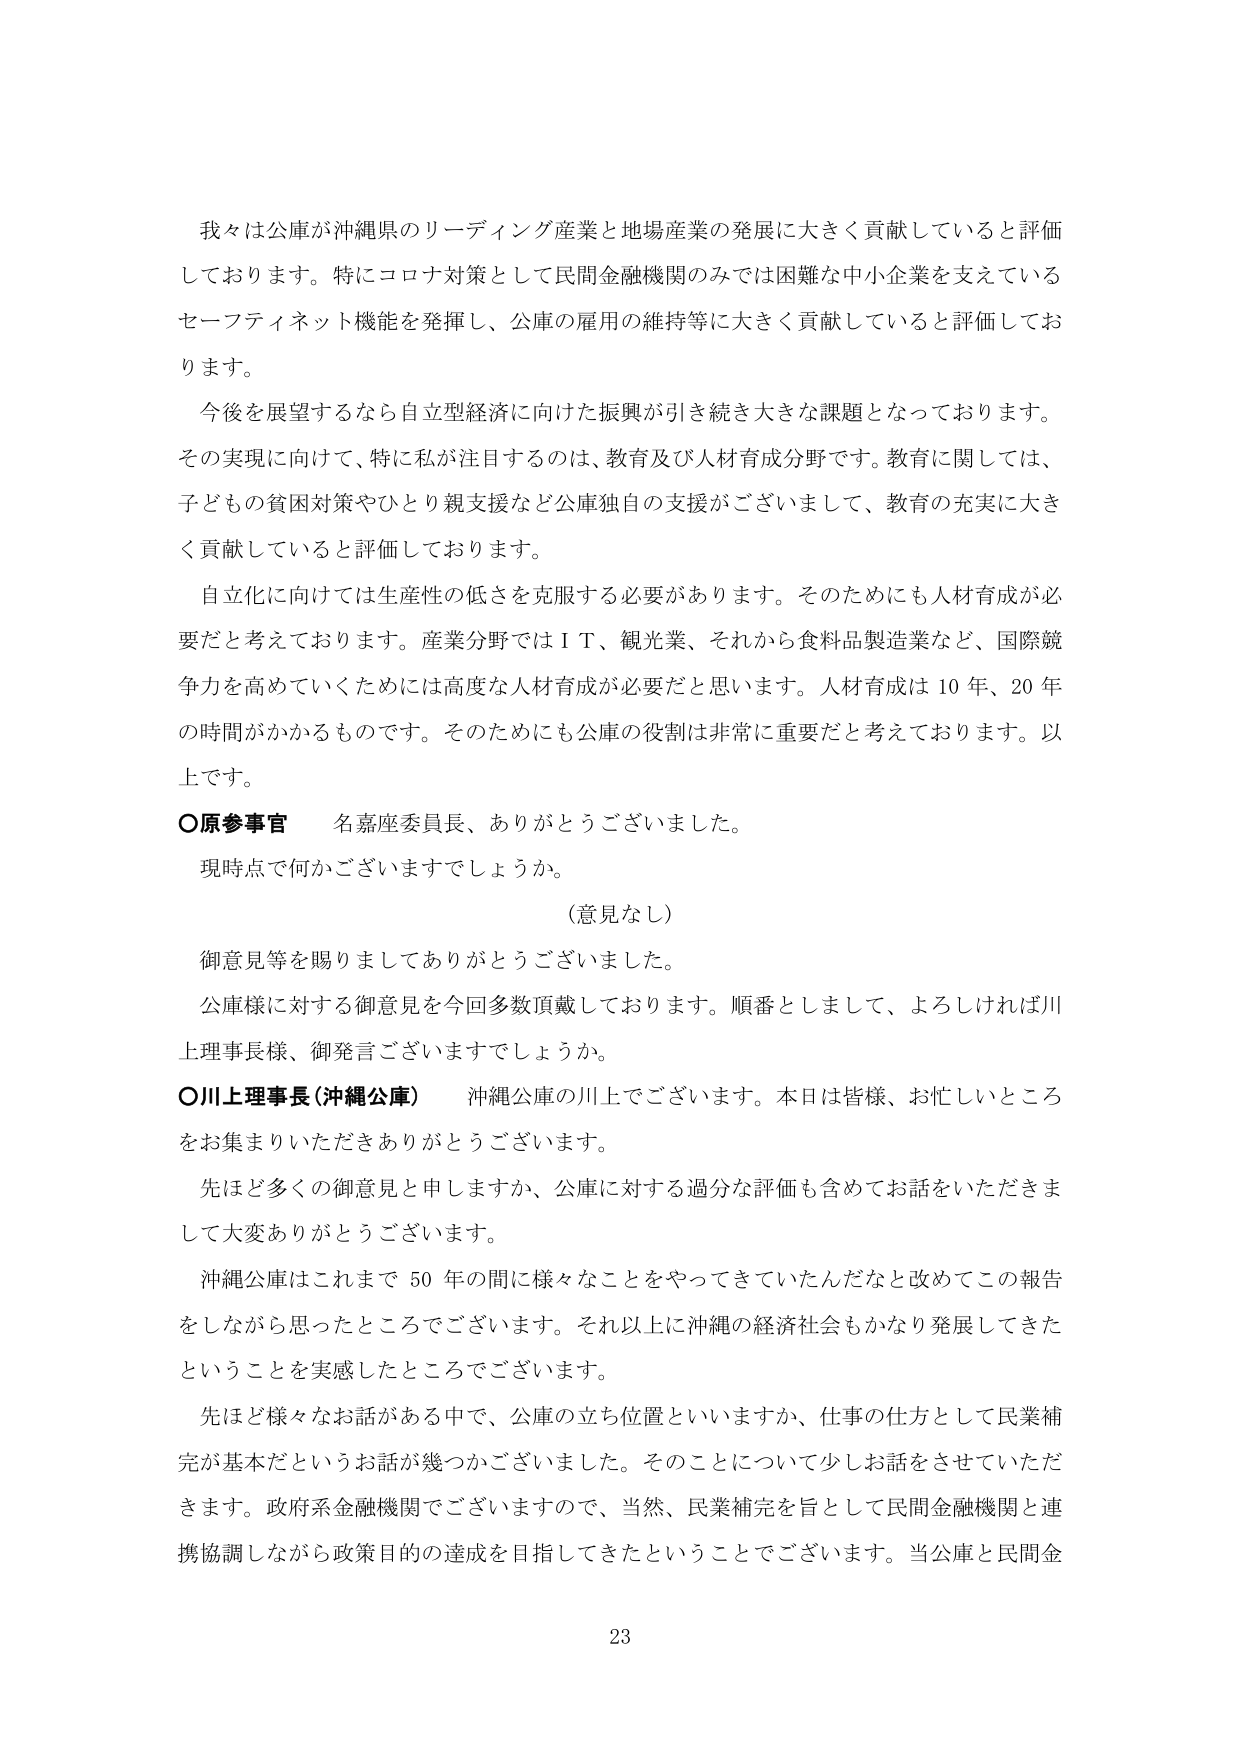
我々は公庫が沖縄県のリーディング産業と地場産業の発展に大きく貢献していると評価しております。特にコロナ対策として民間金融機関のみでは困難な中小企業を支えているセーフティネット機能を発揮し、公庫の雇用の維持等に大きく貢献していると評価しております。

今後を展望するなら自立型経済に向けた振興が引き続き大きな課題となっております。その実現に向けて、特に私が注目するのは、教育及び人材育成分野です。教育に関しては、子どもの貧困対策やひとり親支援など公庫独自の支援がございまして、教育の充実に大きく貢献していると評価しております。

自立化に向けては生産性の低さを克服する必要があります。そのためにも人材育成が必要だと考えております。産業分野ではＩＴ、観光業、それから食料品製造業など、国際競争力を高めていくためには高度な人材育成が必要だと思います。人材育成は10年、20年の時間がかかるものです。そのためにも公庫の役割は非常に重要だと考えております。以上です。

○原参事官　名嘉座委員長、ありがとうございました。
現時点で何かございますでしょうか。
（意見なし）
御意見等を賜りましてありがとうございました。

公庫様に対する御意見を今回多数頂戴しております。順番としまして、よろしければ川上理事長様、御発言ございますでしょうか。

○川上理事長（沖縄公庫）　沖縄公庫の川上でございます。本日は皆様、お忙しいところをお集まりいただきありがとうございます。

先ほど多くの御意見と申しますか、公庫に対する過分な評価も含めてお話しいただきまして大変ありがとうございます。

沖縄公庫はこれまで50年の間に様々なことをやってきていたんだなと改めてこの報告をしながら思ったところでございます。それ以上に沖縄の経済社会もかなり発展してきたということを実感したところでございます。

先ほど様々なお話がある中で、公庫の立ち位置といいますか、仕事の仕方として民業補完が基本だというお話が幾つかございました。そのことについて少しお話をさせていただきます。政府系金融機関でございますので、当然、民業補完を旨として民間金融機関と連携協調しながら政策目的の達成を目指してきてきたということでございます。当公庫と民間金

23